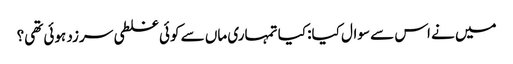
میں نے اس سے سوال کیا: کیا تمہاری ماں سے کوئی غلطی سرزد ہوئی تھی؟